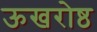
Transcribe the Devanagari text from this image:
ऊखरोष्ठ